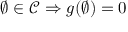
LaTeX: \emptyset \in { \mathcal { C } } \Rightarrow g ( \emptyset ) = 0